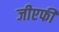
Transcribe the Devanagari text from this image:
जीएफी